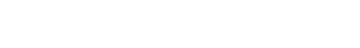
ဒေါ် သီရိ ပြောတဲ့ပုံပြင်ကလေးက ဒါပါပဲ။